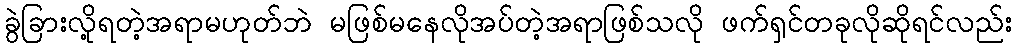
ခွဲခြားလို့ရတဲ့အရာမဟုတ်ဘဲ မဖြစ်မနေလိုအပ်တဲ့အရာဖြစ်သလို ဖက်ရှင်တခုလိုဆိုရင်လည်း